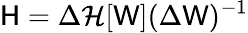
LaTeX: \mathsf{H}=\Delta\mathcal{H}[\mathsf{W}](\Delta\mathsf{W})^{-1}